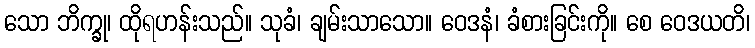
သော ဘိက္ခု၊ ထိုရဟန်းသည်။ သုခံ၊ ချမ်းသာသော။ ဝေဒနံ၊ ခံစားခြင်းကို။ စေ ဝေဒယတိ၊